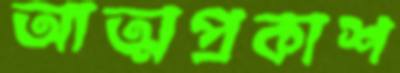
আত্মপ্রকাশ